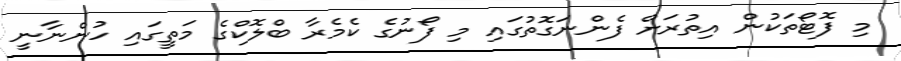
މި ފޮޓޯތަކުން އިތުރަށް ފެންނަގޮތުގައި މި ފޯނުގެ ކެމެރާ ބްލޮކްގެ މަތީގައި ހުންނާނީ